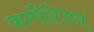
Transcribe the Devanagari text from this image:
कम्पैरिज़न